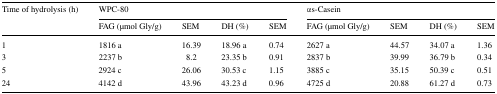
<table><thead><tr><td rowspan="2"><b>Time of hydrolysis (h)</b></td><td colspan="4"><b>WPC-80</b></td><td colspan="4"><b>αs-Casein</b></td></tr><tr><td><b>FAG (μmol Gly/g)</b></td><td><b>SEM</b></td><td><b>DH (%)</b></td><td><b>SEM</b></td><td><b>FAG (μmol Gly/g)</b></td><td><b>SEM</b></td><td><b>DH (%)</b></td><td><b>SEM</b></td></tr></thead><tbody><tr><td>1</td><td>1816 a</td><td>16.39</td><td>18.96 a</td><td>0.74</td><td>2627 a</td><td>44.57</td><td>34.07 a</td><td>1.36</td></tr><tr><td>3</td><td>2237 b</td><td>8.2</td><td>23.35 b</td><td>0.91</td><td>2837 b</td><td>39.99</td><td>36.79 b</td><td>0.34</td></tr><tr><td>5</td><td>2924 c</td><td>26.06</td><td>30.53 c</td><td>1.15</td><td>3885 c</td><td>35.15</td><td>50.39 c</td><td>0.51</td></tr><tr><td>24</td><td>4142 d</td><td>43.96</td><td>43.23 d</td><td>0.96</td><td>4725 d</td><td>20.88</td><td>61.27 d</td><td>0.73</td></tr></tbody></table>